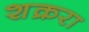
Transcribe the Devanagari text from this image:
शक्ररा